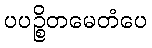
ပပဉ္စိတမေတံပေ